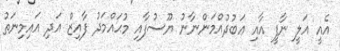
އެއީ އަލީ ނާފީ އާއި ޢަބުދުއްމަންނާނު ޔޫސުފާއި މުޙައްމަދު ފާއިޒް އަދި އައިމިނަތު